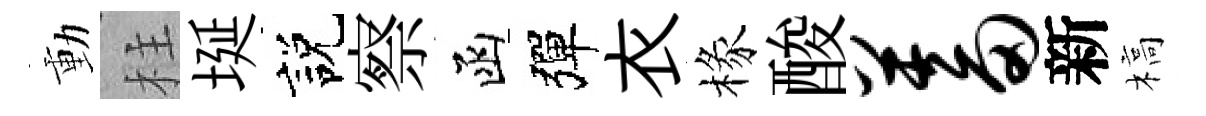
動柱埏説察函彈衣椽酸蓄新槁